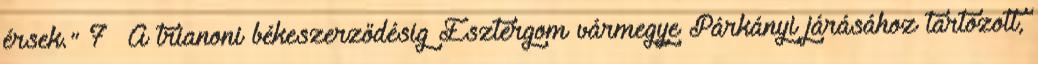
érsek." 7 A trianoni békeszerződésig Esztergom vármegye Párkányi járásához tartozott,